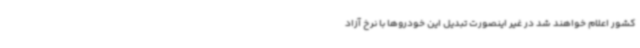
کشور اعلام خواهند شد در غیر اینصورت تبدیل این خودروها با نرخ آزاد